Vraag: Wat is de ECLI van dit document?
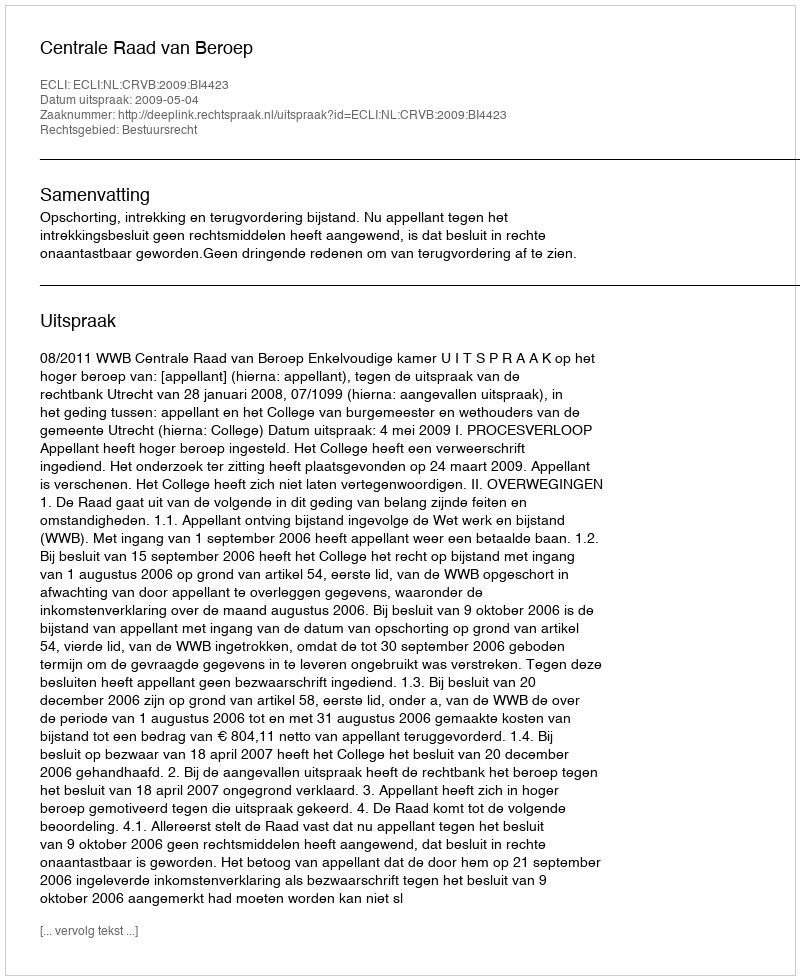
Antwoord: ECLI:NL:CRVB:2009:BI4423